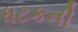
ધટકની